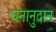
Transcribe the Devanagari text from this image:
धनानुदान